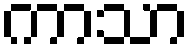
ကာသာ